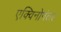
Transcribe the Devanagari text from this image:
एक्विनोनंतर